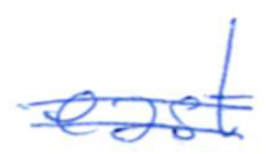
Text: east
Cross-out: double-line
Writing tool: ballpoint